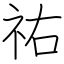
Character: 祐